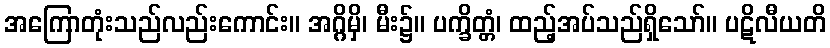
အကြောတုံးသည်လည်းကောင်း။ အဂ္ဂိမှိ၊ မီး၌။ ပက္ခိတ္တံ၊ ထည့်အပ်သည်ရှိသော်။ ပဋိလီယတိ